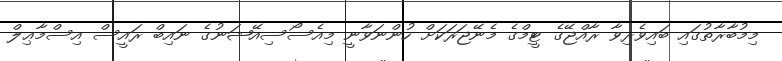
މިމުބާރާތުގައި ބައިވެރިވާ ރާއްޖޭގެ ޓީމްގެ މެނޭޖަރަކަށް ހުންނަވާނީ މިއެސޯސިއޭޝަނުގެ ނައިބް ރައީސް އިސްމާޢިލް